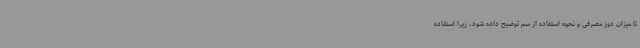
تا میزان دوز مصرفی و نحوه استفاده از سم توضیح داده شود، زیرا استفاده